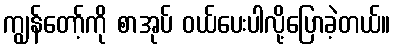
ကျွန်တော့်ကို စာအုပ် ဝယ်ပေးပါလို့ပြောခဲ့တယ်။